Report on the bubonic plague in Bombay, 1896-1897
Year: 1896
Disease focus: Plague
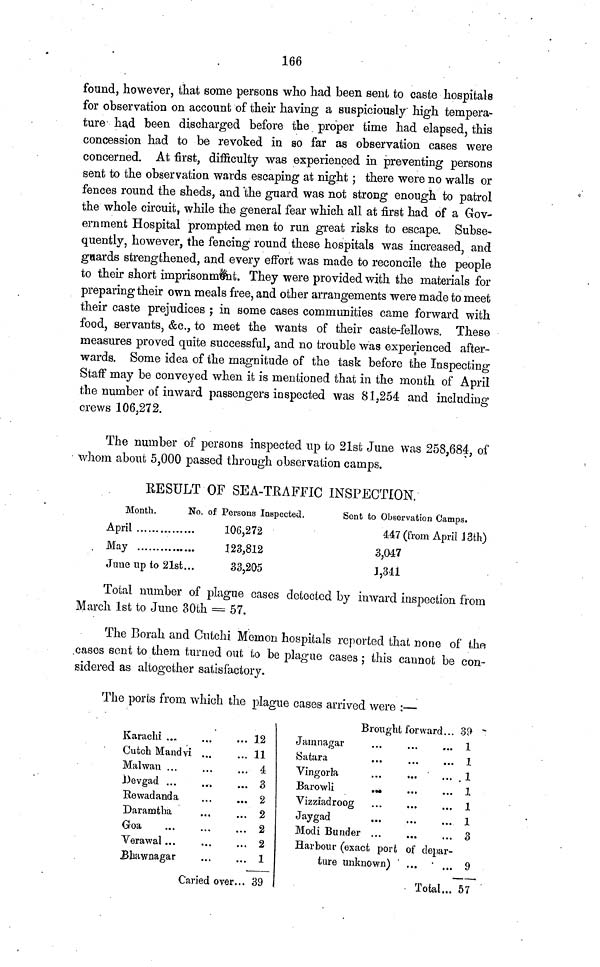
166
found, however, that some persons who had been sent to caste hospitals
for observation on account of their having a suspiciously high tempera-
ture had been discharged before the proper time had elapsed, this
concession had to be revoked in so far as observation cases were
concerned. At first, difficulty was experienced in preventing persons
sent to the observation wards escaping at night ; there were no walls or
fences round the sheds, and the guard was not strong enough to patrol
the whole circuit, while the general fear which all at first had of a Gov-
ernment Hospital prompted men to run great risks to escape. Subse-
quently, however, the fencing round these hospitals was increased, and
gnards strengthened, and every effort was made to reconcile the people
to their short imprisonment. They were provided with the materials for
preparing their own meals free, and other arrangements were made to meet
their caste prejudices ; in some cases communities came forward with
food, servants, &c., to meet the wants of their caste-fellows. These
measures proved quite successful, and no trouble was experienced after-
wards. Some idea of the magnitude of the task before the Inspecting
Staff may be conveyed when it is mentioned that in the month of April
the number of inward passengers inspected was 81,254 and including
crews 106,272.
The number of persons inspected up to 21st June was 258,684, of
whom about 5,000 passed through observation camps.
RESULT OF SEA-TRAFFIC INSPECTION.
Month.
No.
April
May
June up to 21st...
of Persons Inspected.
106,272
123,812
33,205
Sent to Observation Camps.
447 (from April 13th)
3,047
1,341
Total number of plague cases detected by inward inspection from
March 1st to June 30th = 57.
The Borah and Cutchi Memon hospitals reported that none of the
cases sent to them turned out to be plague cases ; this cannot be con-
sidered as altogether satisfactory.
The ports from which the plague cases arrived were :—
Karachi ... ... ...
Cufcch Mandvi
Malwan ... ... ...
Devgad ... ... ...
Rewadanda ... ... ...
Daramtha ... ... ...
Goa ... ... ...
Verawal ... ... ...
Bbawnagar...
...
Caried over...
12
11
4
3
2
2
2
2
1
39
Brought for ward . . . ... ...
Jamnagar ... ... ...
Satara
...
...
...
Vingorla
...
... ...
Barowli
... ... ...
Vizziadroog ... ... ...
Jaygad
...
...
...
Modi Bunder ... ... ...
Harbour (exact port of depar-
ture unknown)
...
...
Total...
39
1
1
1
1
1
1
3
9
57